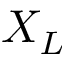
X _ { L }